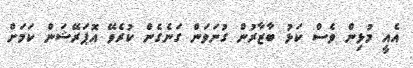
އެއީ މުޅިން ވެސް ކަޅު ބާޒާރުން ގުނަވަން ގަނެގެން ކުރެވޭ އޮޕަރޭޝަން ކަމަށް